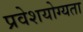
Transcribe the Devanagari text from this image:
प्रवेशयोग्यता